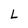
Character: L